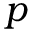
p